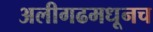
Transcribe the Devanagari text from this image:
अलीगढमधूनच